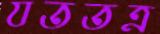
যততত্র